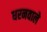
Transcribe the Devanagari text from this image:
धरनवाले